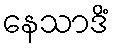
နေသာဒိံ